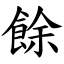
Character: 餘